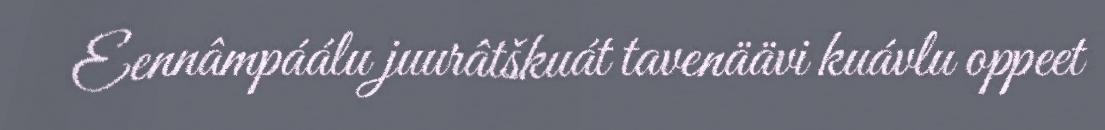
Eennâmpáálu juurâtškuát tavenäävi kuávlu oppeet